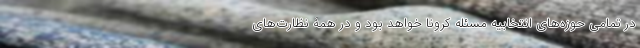
در تمامی حوزه‌های انتخابیه مسئله کرونا خواهد بود و در همۀ نظارت‌های